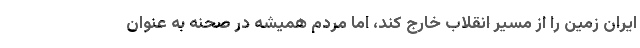
ایران زمین را از مسیر انقلاب خارج کند، اما مردم همیشه در صحنه به عنوان